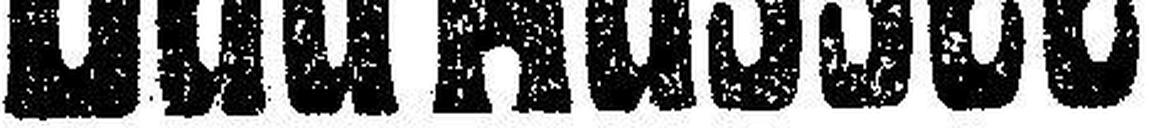
Bad Aussee